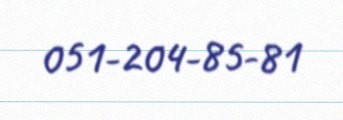
051-204-85-81